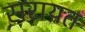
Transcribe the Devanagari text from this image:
सरायत